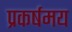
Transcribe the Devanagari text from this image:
प्रकर्षमय